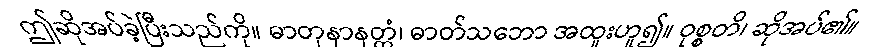
ဤဆိုအပ်ခဲ့ပြီးသည်ကို။ ဓာတုနာနတ္တံ၊ ဓာတ်သဘော အထူးဟူ၍။ ဝုစ္စတိ၊ ဆိုအပ်၏။